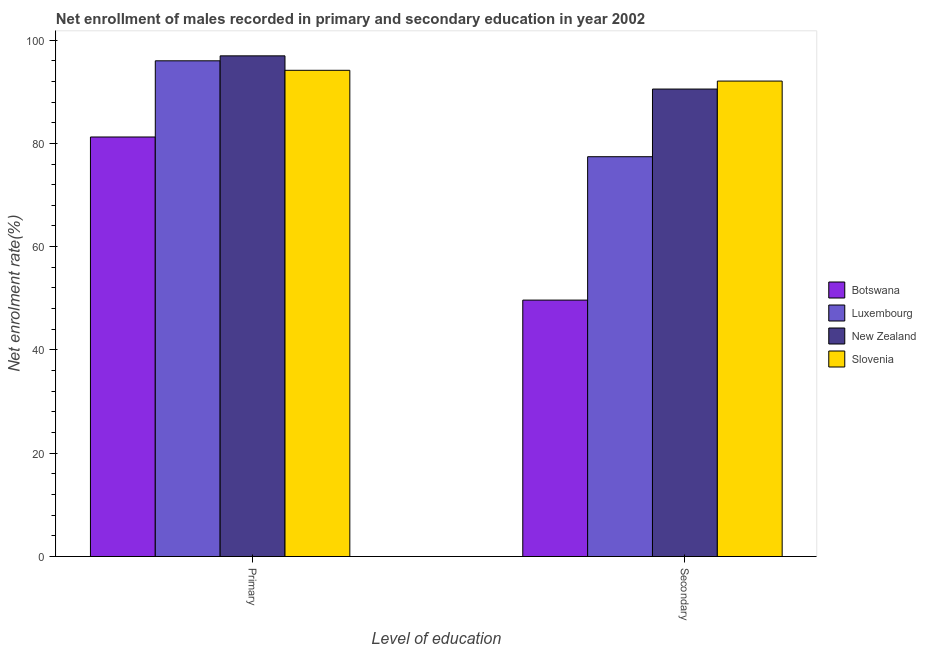
| Level of education | Botswana | Luxembourg | New Zealand | Slovenia |
 | --- | --- | --- | --- | --- |
 | Primary | 81.2 | 96 | 96.9 | 94.1 |
 | Secondary | 49.7 | 77.4 | 90.5 | 92.1 |